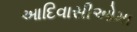
આદિવાસીઓમા